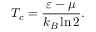
T _ { c } = \frac { \varepsilon - \mu } { k _ { B } \ln { 2 } } \/ .